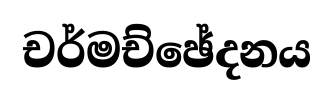
චර්මච්ඡේදනය